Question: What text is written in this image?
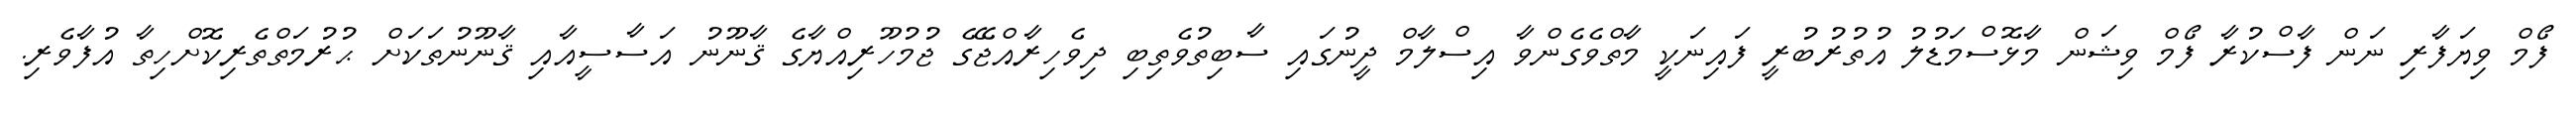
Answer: ފޯމް ވިޔަފާރި ނަން ފާސްކުރާ ފޯމް ވިޝަން މާޅޮސްމަޑުލު އުތުރުބުރީ ފައިނަކީ މާތްވެގެންވާ އިސްލާމް ދީނުގައި ސާބިތުވެތިބި ދިވެހިރާއްޖޭގެ ޖުމުހޫރިއްޔާގެ ޤާނޫނު އަސާސީއާއި ޤާނޫނުތަކަށް ޙުރުމަތްތެރިކޮށްހިތާ އުފާވެރި.